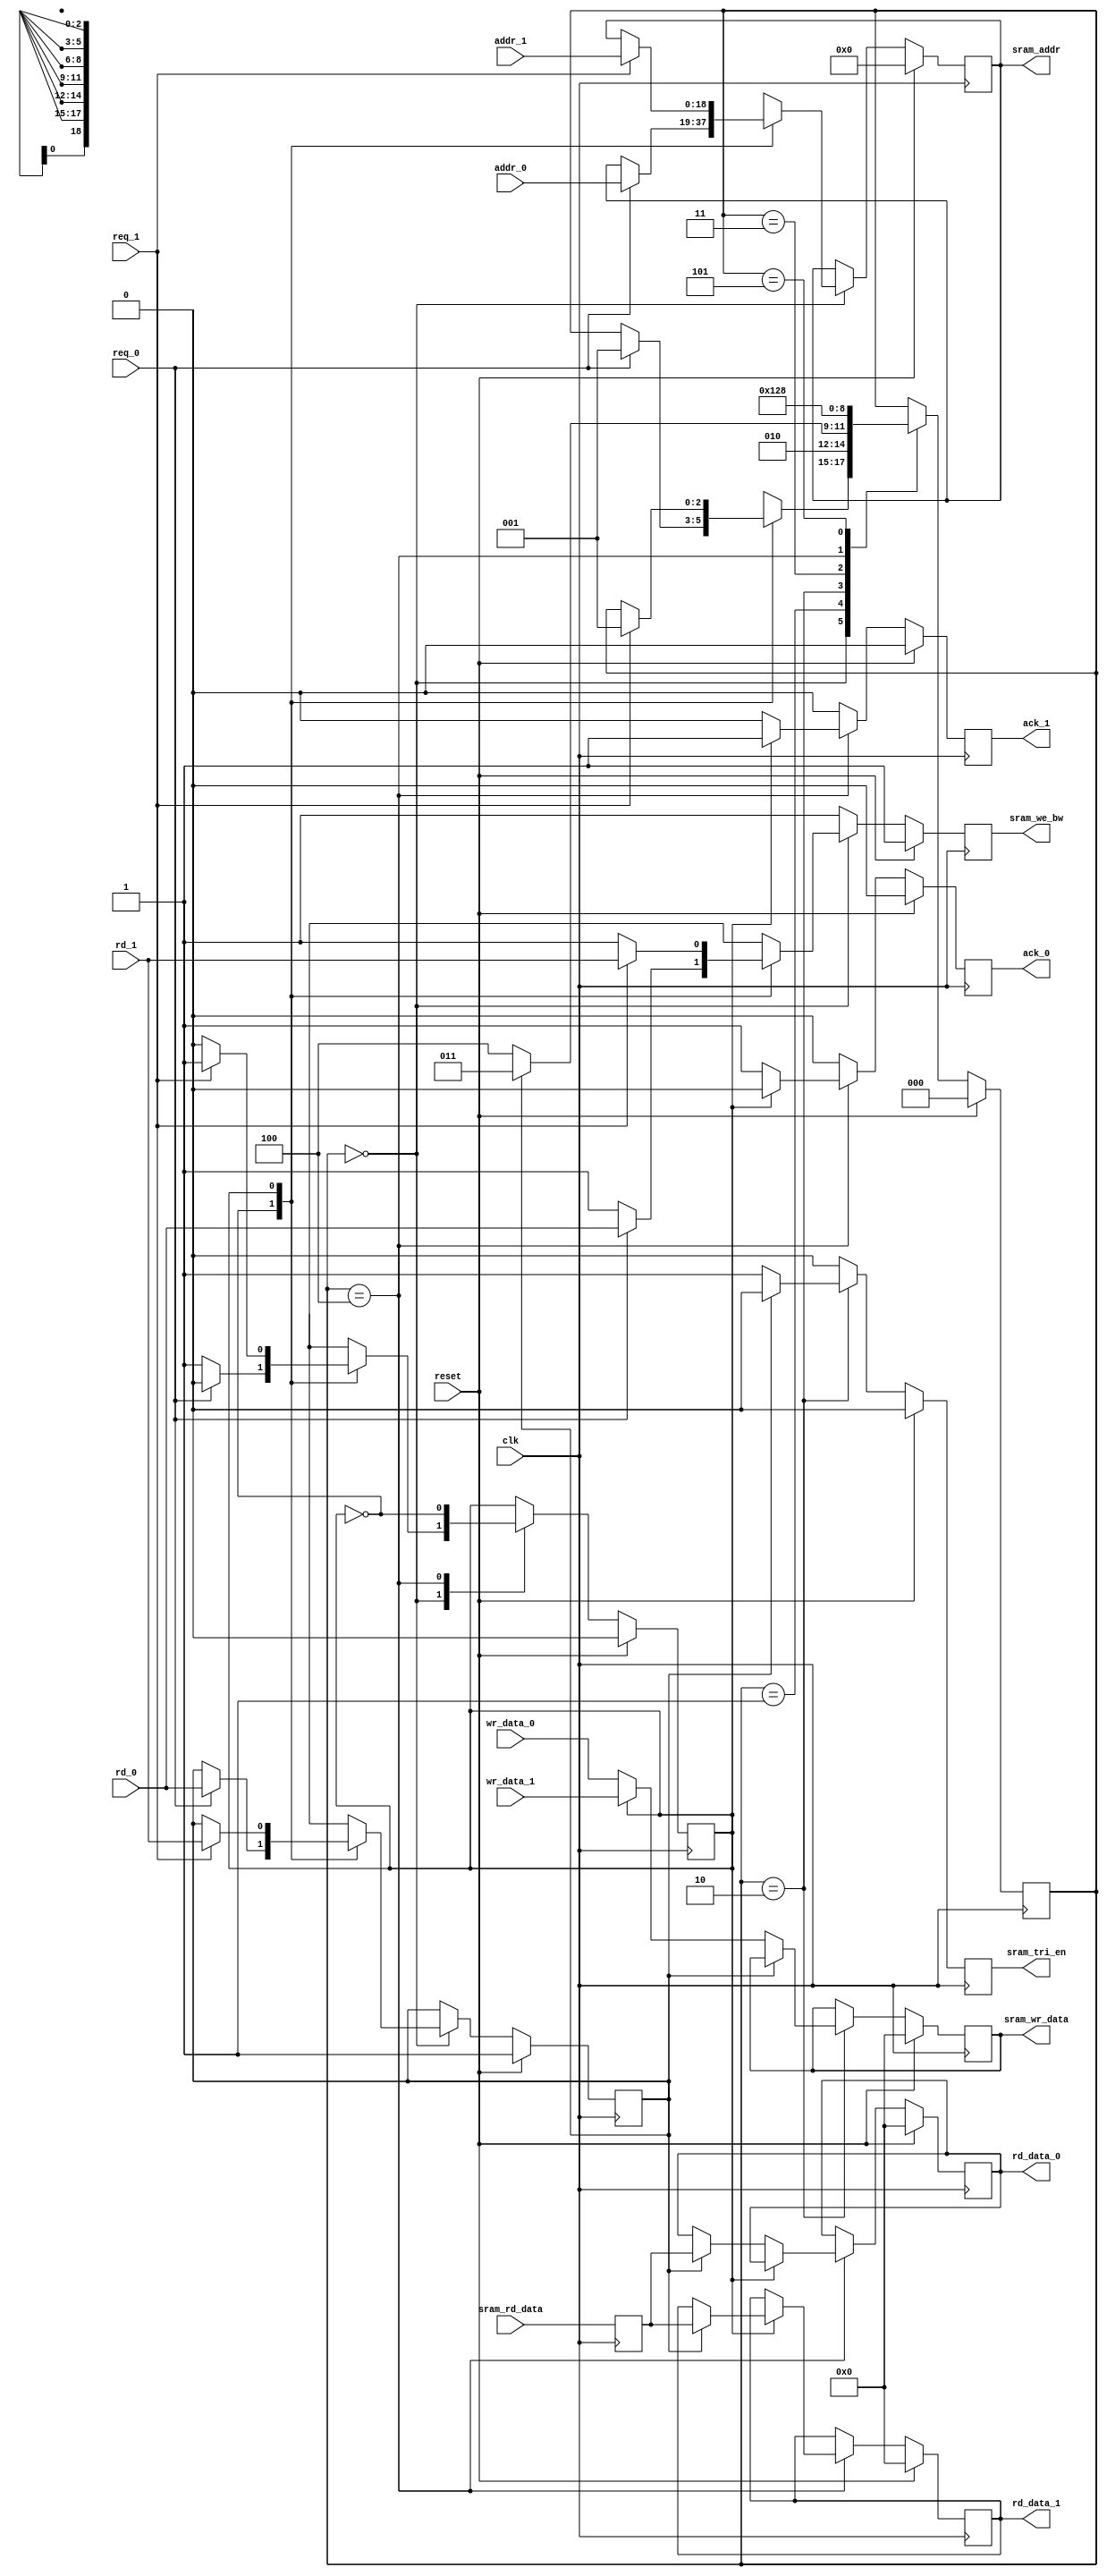
///////////////////////////////////////////////////////////////////////////////
// $Id: nf2_sram_sm.v 6061 2010-04-01 20:53:23Z grg $
//
// Module: nf2_sram_sm.v
// Project: Selftest
// Description: NetFPGA SRAM controller
//
// Accepts requests for reading or writing and then services them in some
// sort of round-robin order.
//
// Set up to drive a Cypress cy7c1370 NOBL part (512Kx36), but anything with
// two clock delay from addr to data should be OK.
//
// We do not exploit the NOBL feature but instead we provide a bus turn around
// cycle because we can afford to do it.
//
///////////////////////////////////////////////////////////////////////////////

module nf2_sram_sm  #(parameter SRAM_ADDR_SIZE  = 19,
                      parameter SRAM_DATA_WIDTH = 36 )

   (

   // --- Requesters from two ports
    input req_0,
    input rd_0,
    input [SRAM_ADDR_SIZE-1:0] addr_0,
    input [SRAM_DATA_WIDTH-1:0] wr_data_0,

    output reg ack_0,
    output reg [SRAM_DATA_WIDTH-1:0] rd_data_0,

    input req_1,
    input rd_1,
    input [SRAM_ADDR_SIZE-1:0] addr_1,
    input [SRAM_DATA_WIDTH-1:0] wr_data_1,

    output reg ack_1,
    output reg [SRAM_DATA_WIDTH-1:0] rd_data_1,

   // --- SRAM signals (pins and control)

    output reg [SRAM_ADDR_SIZE-1:0]  sram_addr,
    output reg [SRAM_DATA_WIDTH-1:0] sram_wr_data,
    input      [SRAM_DATA_WIDTH-1:0] sram_rd_data,
    output reg                       sram_tri_en,
    output reg                       sram_we_bw,

    // --- Misc

    input reset,
    input clk

    );

   reg [SRAM_ADDR_SIZE-1:0] sram_addr_nxt;
   reg [SRAM_DATA_WIDTH-1:0] sram_wr_data_nxt;
   reg sram_tri_en_nxt, sram_we_bw_nxt;
   reg [SRAM_DATA_WIDTH-1:0] sram_rd_data_d;

   reg 			     ack_0_nxt;
   reg [SRAM_DATA_WIDTH-1:0] rd_data_0_nxt;

   reg 			     ack_1_nxt;
   reg [SRAM_DATA_WIDTH-1:0] rd_data_1_nxt;

   reg cur_port, cur_port_nxt;
   reg rd, rd_nxt;

   reg [2:0] state, state_nxt;

   parameter
             IDLE_STATE = 3'h 0,
             ADDR_STATE = 3'h 1,
             WAIT_STATE = 3'h 2,
	     WAIT_FLP_STATE = 3'h 3,
             DATA_STATE = 3'h 4,
	     DONE_STATE = 3'h 5;

   always @(*) begin
      sram_addr_nxt = sram_addr;
      sram_wr_data_nxt = sram_wr_data;
      sram_tri_en_nxt = 1'b 0;
      sram_we_bw_nxt = 1'b 1;

      cur_port_nxt = cur_port;
      rd_nxt = rd;

      ack_0_nxt = 1'b 0;
      rd_data_0_nxt = rd_data_0;

      ack_1_nxt = 1'b 0;
      rd_data_1_nxt = rd_data_1;

      state_nxt = state;

      case (state)
        IDLE_STATE:
          case (cur_port)
            1'b 0: begin
               //serve port 0
               if ( req_0 )  begin
                  sram_addr_nxt = addr_0;
                  sram_we_bw_nxt = rd_0;
                  rd_nxt = rd_0;

                  state_nxt = ADDR_STATE;

               end
               else begin

                  cur_port_nxt = ~ cur_port;

               end

            end // case: 1'b 0

            1'b 1: begin
               //serve port 1
               if ( req_1 ) begin
                  sram_addr_nxt = addr_1;
                  sram_we_bw_nxt = rd_1;
                  rd_nxt = rd_1;

                  state_nxt = ADDR_STATE;

               end
               else begin

                  cur_port_nxt = ~ cur_port;

               end

            end // case: 1'b 1

          endcase // case(cur_port)

        ADDR_STATE:
          state_nxt = WAIT_STATE;

        WAIT_STATE: begin
           if (~ rd) begin
              sram_tri_en_nxt = 1'b 1;

              if (cur_port == 1'b 0)
                sram_wr_data_nxt = wr_data_0;
              else
                sram_wr_data_nxt = wr_data_1;

              state_nxt = DATA_STATE;

           end // if (~ rd)
	   else begin

	      state_nxt = WAIT_FLP_STATE;

	   end // else: !if(~ rd)

        end // case: WAIT_STATE

	WAIT_FLP_STATE:
	  state_nxt = DATA_STATE;

        DATA_STATE: begin
           if (cur_port == 1'b 0) begin
              if (rd) rd_data_0_nxt = sram_rd_data_d;

              ack_0_nxt = 1'b 1;
           end
           else begin
              if (rd) rd_data_1_nxt = sram_rd_data_d;

              ack_1_nxt = 1'b 1;

           end

           cur_port_nxt = ~ cur_port;

           state_nxt = DONE_STATE;

        end // case: DATA_STATE

	DONE_STATE:
	  state_nxt = IDLE_STATE;

      endcase // case(state)

   end // always @ (*)


   always @(posedge clk) begin

      sram_rd_data_d <= sram_rd_data;

      if (reset) begin
         sram_addr <= {SRAM_ADDR_SIZE {1'b 0}};
         sram_wr_data <= {SRAM_DATA_WIDTH {1'b 0}};
         sram_tri_en <= 1'b 0;
         sram_we_bw <= 1'b 1;

         cur_port <= 1'b 0;
         rd <= 1'b 1;

	 ack_0 <= 1'b 0;
	 rd_data_0 <= {SRAM_DATA_WIDTH {1'b 0}};

	 ack_1 <= 1'b 0;
	 rd_data_1 <= {SRAM_DATA_WIDTH {1'b 0}};

         state <= IDLE_STATE;

      end

      else begin
         sram_addr <= sram_addr_nxt;
         sram_wr_data <= sram_wr_data_nxt;
         sram_tri_en <= sram_tri_en_nxt;
         sram_we_bw <= sram_we_bw_nxt;

         cur_port <= cur_port_nxt;
         rd <= rd_nxt;

	 ack_0 <= ack_0_nxt;
	 rd_data_0 <= rd_data_0_nxt;

	 ack_1 <= ack_1_nxt;
	 rd_data_1 <= rd_data_1_nxt;

         state <= state_nxt;

      end // else: !if(reset)

   end // always @ (posedge clk)

endmodule // nf2_sram_sm